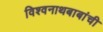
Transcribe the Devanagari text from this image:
विश्वनाथबाबांची